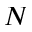
N